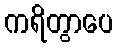
ကရိတွာပေ